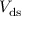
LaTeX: V _ { \mathrm { d s } }